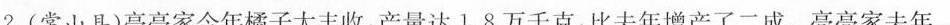
2.(常山县)亮亮家今年橘子大丰收，产量达1.8万千克，比去年增产了二成。亮亮家去年